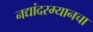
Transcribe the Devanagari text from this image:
नद्यांदरम्यानचा